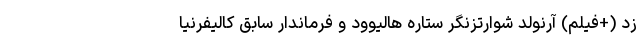
زد (+فیلم) آرنولد شوارتزنگر ستاره هالیوود و فرماندار سابق کالیفرنیا